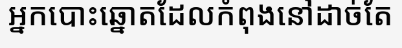
អ្នកបោះឆ្នោតដែលកំពុងនៅដាច់តែ